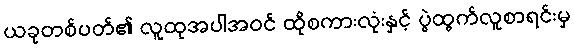
ယခုတစ်ပတ်၏ လူထုအပါအဝင် ထိုစကားလုံးနှင့် ပွဲထွက်လူစာရင်းမှ